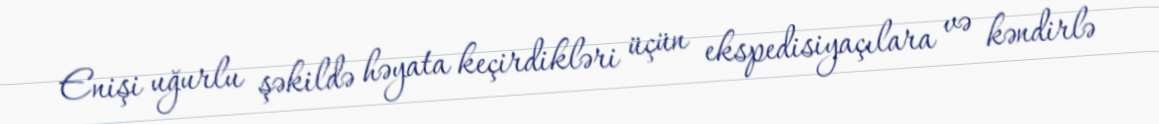
Enişi uğurlu şəkildə həyata keçirdikləri üçün ekspedisiyaçılara və kəndirlə